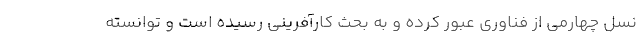
نسل چهارمی از فناوری عبور كرده و به بحث كارآفرینی رسیده است و توانسته